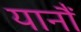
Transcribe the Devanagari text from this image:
यानौं